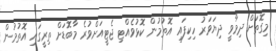
މިގޮތަށް ދިމާވީ ދިޔަވަރު ހިކިފައި އޮތުމުން ކޮޅުވެއްޓި ޖެޓީއަށްވުރެ މާބޮޑަށް ތިރީގައި އޮތުމުން